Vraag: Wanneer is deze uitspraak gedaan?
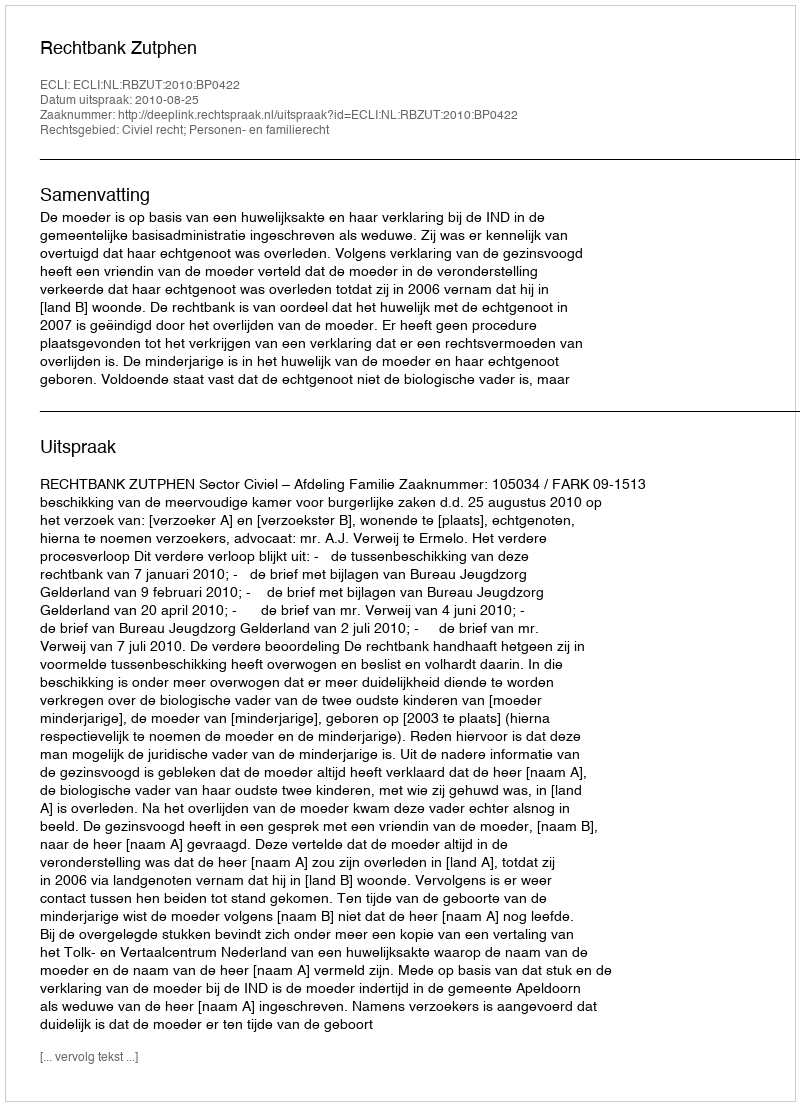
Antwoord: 2010-08-25